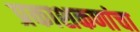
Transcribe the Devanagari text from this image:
प्रकाशकणांचा